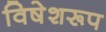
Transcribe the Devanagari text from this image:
विषेशरूप